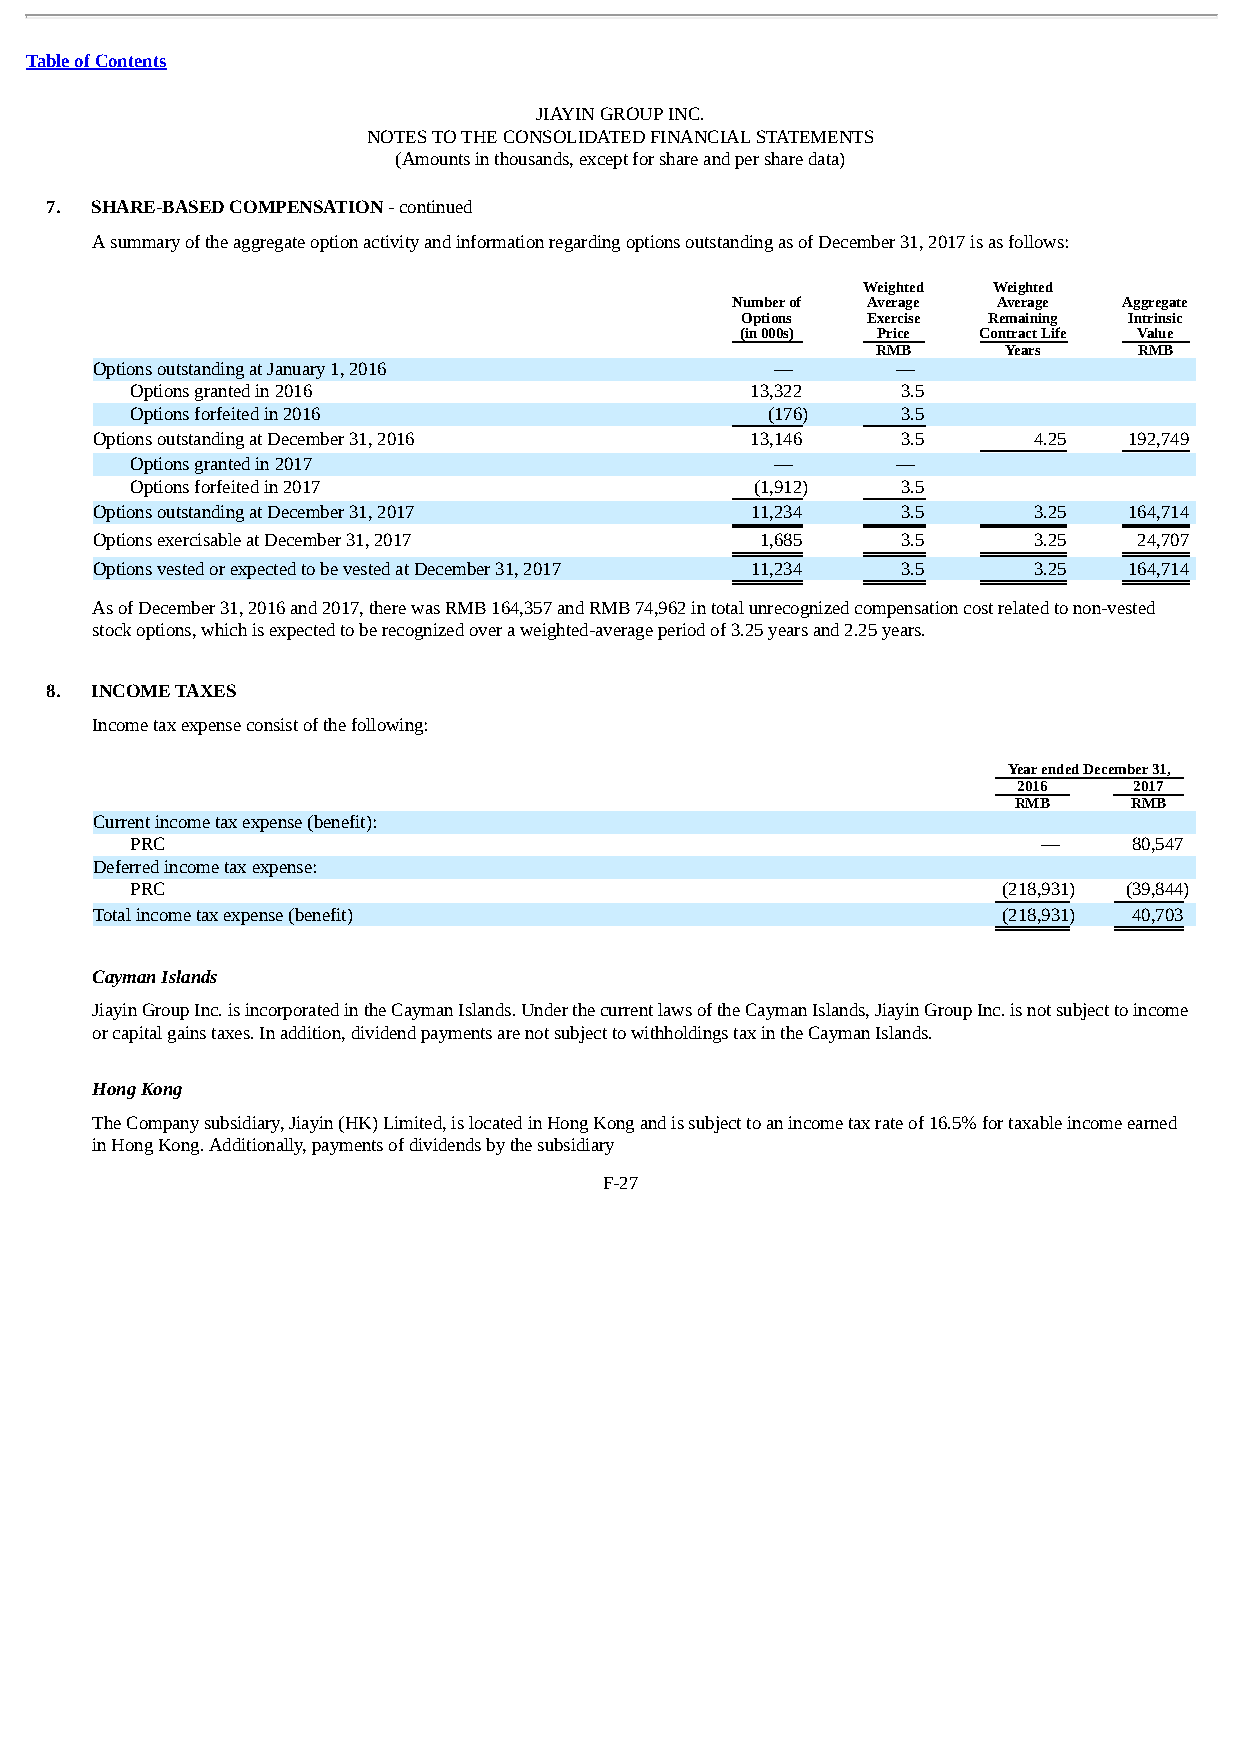
Table of Contents
 JIAYIN GROUP INC.
 NOTES TO THE CONSOLIDATED FINANCIAL STATEMENTS
 (Amounts in thousands, except for share and per share data)
 7. SHARE-BASED COMPENSATION - continued
 A summary of the aggregate option activity and information regarding options outstanding as of December 31, 2017 is as follows:
 Weighted Weighted
 Number of Average Average Aggregate
 Options Exercise Remaining Intrinsic
 (in 000s) Price Contract Life Value
 RMB      Years   RMB
 Options outstanding at January 1, 2016       —       —
 Options granted in 2016                  13,322    3.5
 Options forfeited in 2016                 (176)    3.5
 Options outstanding at December 31, 2016    13,146    3.5     4.25   192,749
 Options granted in 2017                   —       —
 Options forfeited in 2017                (1,912)   3.5
 Options outstanding at December 31, 2017    11,234    3.5     3.25   164,714
 Options exercisable at December 31, 2017    1,685     3.5     3.25   24,707
 Options vested or expected to be vested at December 31, 2017 11,234 3.5 3.25 164,714
 As of December 31, 2016 and 2017, there was RMB 164,357 and RMB 74,962 in total unrecognized compensation cost related to non-vested
 stock options, which is expected to be recognized over a weighted-average period of 3.25 years and 2.25 years.
 8. INCOME TAXES
 Income tax expense consist of the following:
 Year ended December 31,
 2016    2017
 RMB     RMB
 Current income tax expense (benefit):
 PRC                                                         —     80,547
 Deferred income tax expense:
 PRC                                                      (218,931) (39,844)
 Total income tax expense (benefit)                          (218,931 ) 40,703
 Cayman Islands
 Jiayin Group Inc. is incorporated in the Cayman Islands. Under the current laws of the Cayman Islands, Jiayin Group Inc. is not subject to income
 or capital gains taxes. In addition, dividend payments are not subject to withholdings tax in the Cayman Islands.
 Hong Kong
 The Company subsidiary, Jiayin (HK) Limited, is located in Hong Kong and is subject to an income tax rate of 16.5% for taxable income earned
 in Hong Kong. Additionally, payments of dividends by the subsidiary
 F-27